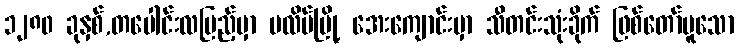
၁၂၈၀ ခုနှစ်,တပေါင်းလပြည့်မှာ ပလိပ်မြို့ အေးကျောင်းမှာ သီတင်းသုံးခိုက် ဖြစ်တော်မူသော